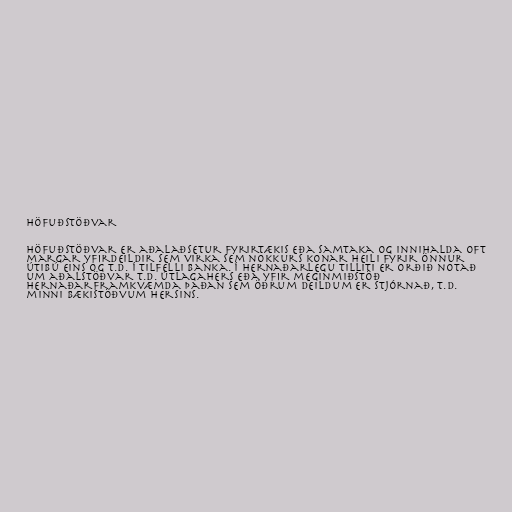
Höfuðstöðvar

Höfuðstöðvar er aðalaðsetur fyrirtækis eða samtaka og innihalda oft
margar yfirdeildir sem virka sem nokkurs konar heili fyrir önnur
útibú eins og t.d. í tilfelli banka. Í hernaðarlegu tilliti er orðið notað
um aðalstöðvar t.d. útlagahers eða yfir meginmiðstöð
hernaðarframkvæmda þaðan sem öðrum deildum er stjórnað, t.d.
minni bækistöðvum hersins.